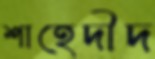
শাহেদীদ